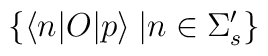
\{ \langle n|O|p\rangle\: | n\in \Sigma_{s}^{\prime}\}